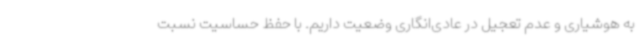
به هوشیاری و عدم تعجیل در عادی‌انگاری وضعیت داریم. با حفظ حساسیت نسبت